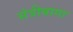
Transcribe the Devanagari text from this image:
संत्रीबागा